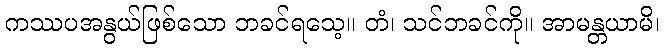
ကဿပအနွယ်ဖြစ်သော ဘခင်ရသေ့။ တံ၊ သင်ဘခင်ကို။ အာမန္တယာမိ၊